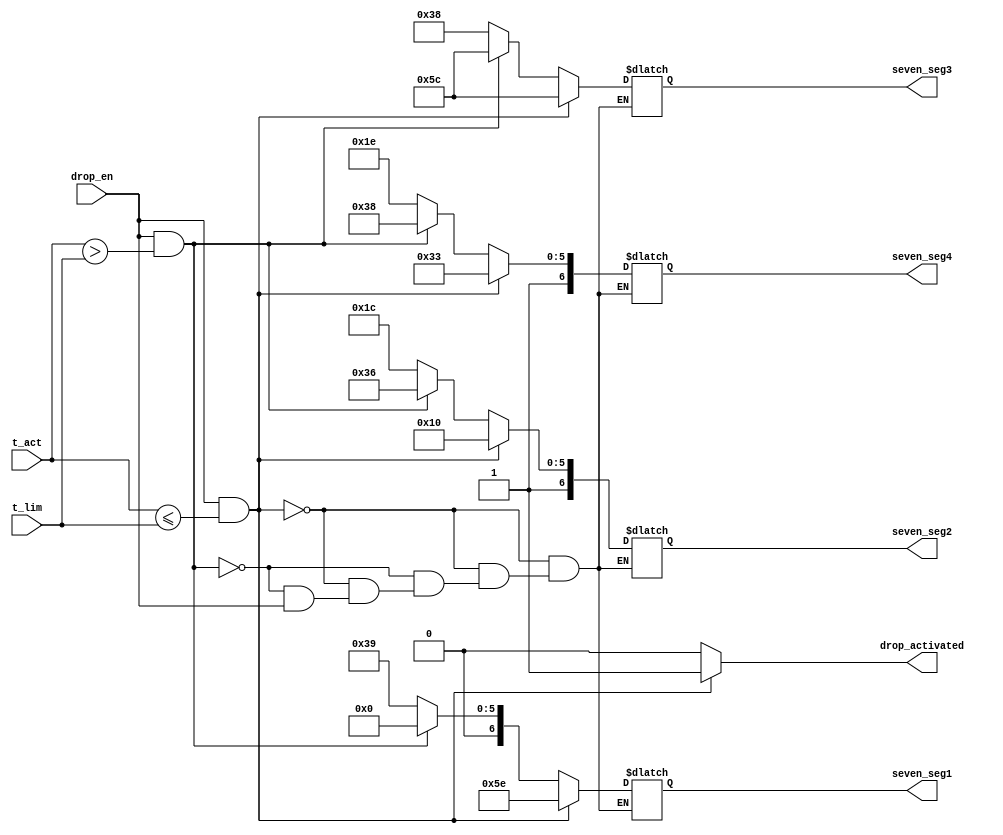
`timescale 1ns / 1ps

module display_and_drop(
    output[6 : 0] seven_seg1, 
    output[6 : 0] seven_seg2,
    output[6 : 0] seven_seg3,
    output[6 : 0] seven_seg4,
    output[0 : 0] drop_activated,
    input[15: 0]  t_act,
    input[15: 0]  t_lim,
    input drop_en
    );
	 
	/* Variabile in care selvez semnalul pentru afisarea literei
	corespunsatoare pentru fiecare element de tip 7seg */
	reg[6:0] seg1;
	reg[6:0] seg2;
	reg[6:0] seg3;
	reg[6:0] seg4;
	
	
	reg DropActivated;	/* Reg pentru a salva valoarea semnalului care va fi trimis pe
						iesirea drop_activated */
	
	// Assignez iesirile cu variabilele de tip reg corespunzatoare
	assign drop_activated = DropActivated;
	assign seven_seg1 = seg1;
	assign seven_seg2 = seg2;
	assign seven_seg3 = seg3;
	assign seven_seg4 = seg4;
	
	always @(*) begin
		DropActivated=0;
		
		// Afiseaza droP
		if(drop_en == 1 && t_act <= t_lim) begin
			DropActivated = 1;
			seg1 = 7'b101_1110;
			seg2 = 7'b101_0000;
			seg3 = 7'b101_1100;
			seg4 = 7'b111_0011;
		end
		// Afiseaza _Hot
		else if(drop_en == 1 && t_act > t_lim) begin
			seg1 = 7'b000_0000;
			seg2 = 7'b111_0110;
			seg3 = 7'b101_1100;
			seg4 = 7'b111_1000;
		end
		// Afiseaza CoLd
		else if(drop_en == 0) begin
			seg1 = 7'b011_1001;
			seg2 = 7'b101_1100;
			seg3 = 7'b011_1000;
			seg4 = 7'b101_1110;
		end	
	end
endmodule